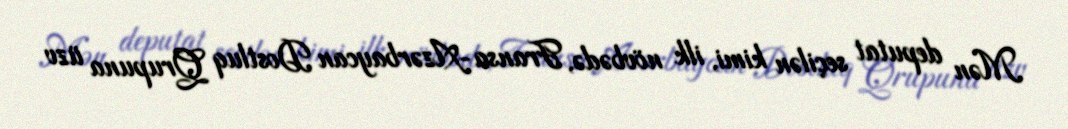
Mən deputat seçilən kimi, ilk növbədə, Fransa-Azərbaycan Dostluq Qrupuna üzv